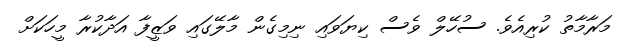
މަރާމާތު ކުރިއެވެ. ސުހޭލް ވެސް ކިޔަވައި ނިމިގެން މާލޭގައި ވަޒީފާ އަދާކުރާ މީހަކަށް